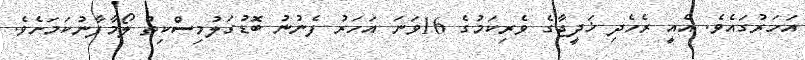
އަހަރުގައެވެ. އެއީ ރެހެދި ޚަދީޖާގެ ވެރިކަމުގެ 16ވަނަ އަހަރު ފެނުނު ބޮޑުގަލުމިސްކިތު ލޯމާފާނުކަމަށެވެ.